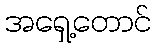
အရှေ့တောင်